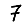
Digit: 7